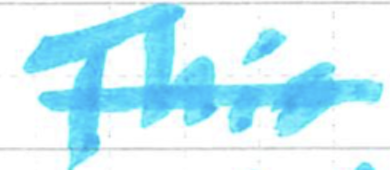
Text: This
Cross-out: single-line
Writing tool: marker